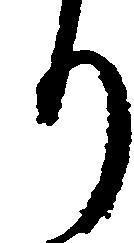
り